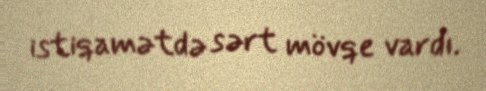
istiqamətdə sərt mövqe vardı.